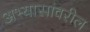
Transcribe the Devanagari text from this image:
अभ्यासांवरील